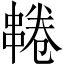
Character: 𫡌